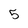
Character: 5